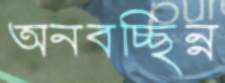
অনবচ্ছিন্ন